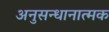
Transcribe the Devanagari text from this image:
अनुसन्धानात्मक